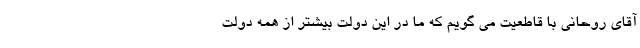
آقای روحانی با قاطعیت می گویم که ما در این دولت بیشتر از همه دولت